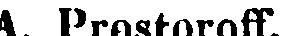
A. Prostoroff.